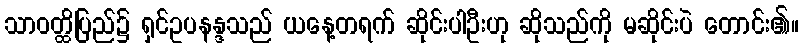
သာဝတ္ထိပြည်၌ ရှင်ဥပနန္ဒသည် ယနေ့တရက် ဆိုင်းပါဦးဟု ဆိုသည်ကို မဆိုင်းပဲ တောင်း၏။